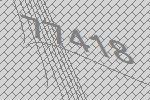
77418